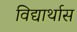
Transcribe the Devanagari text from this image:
विद्यार्थास